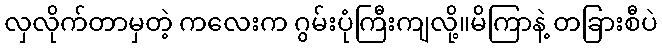
လှလိုက်တာမှတဲ့ ကလေးက ဂွမ်းပုံကြီးကျလို့။မိကြာနဲ့ တခြားစီပဲ